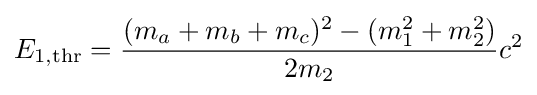
E_{1,{\text{thr}}}={\frac {(m_{a}+m_{b}+m_{c})^{2}-(m_{1}^{2}+m_{2}^{2})}{2m_{2}}}c^{2}